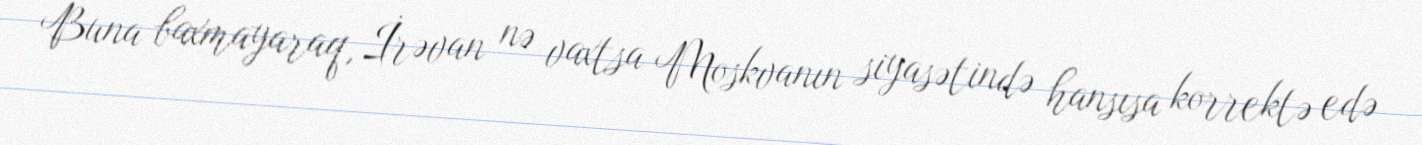
Buna baxmayaraq, İrəvan nə vaxtsa Moskvanın siyasətində hansısa korrektə edə